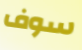
سوف